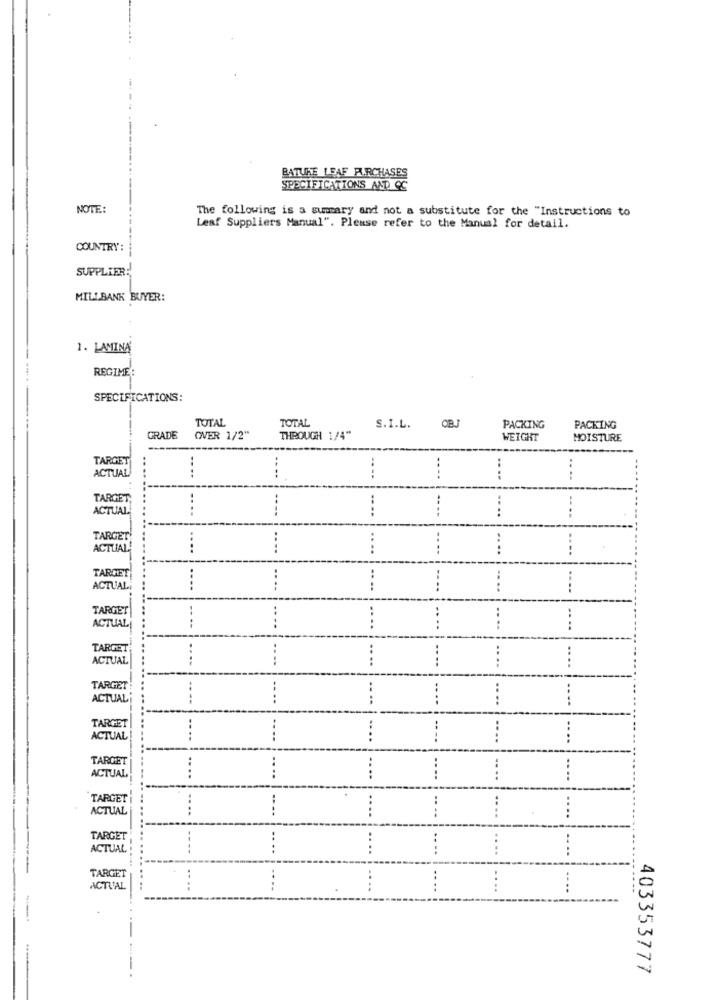
BATURE LEAF PURCHASES
SPECIFICATIONS AND QC
NOTE:
The following is a summary and not a substitute for the "Instructions to
Leaf Suppliers Manual". Please refer to the Manual for detail.
COUNTRY:
SUPPLIER:
MILLBANK BUYER:
1. LAMINA
REGIME :
SPECIFICATIONS:
TOTAL
TOTAL
S.I.L.
PACKING
PACKING
GRADE
OVER 1/2"
THROUGH 1/4"
WEIGHT
MOISTURE
TARGET
ACTUAL
----
.. ..
....
TARGET,
:
ACTUAL
----
....
:
:
TARGET
:
ACTUAL!
....
....
....
....
....
TARGET
..
ACTUAL
....
----
....
TARGET
....
:
ACTUAL
----
----
....
TARGET
..
:
ACTUAL
.. ..
....
:
....
....
TARGET
ACTUAL
----
----
-- --
....
....
TARGET
ACTUAL
----
....
----
-...
TARGET
ACTUAL
....
....
....
....
....
TARGET
ACTUAL
....
....
....
....
...
....
TARGET
...
ACTUAL
----
....
....
---.
....
TARGET
ACTUAL
....
....
403353777